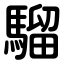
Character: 騮